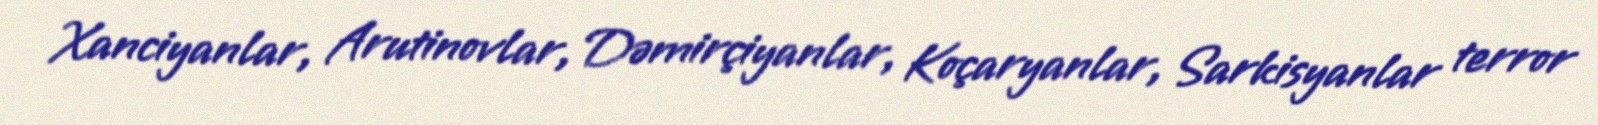
Xanciyanlar, Arutinovlar, Dəmirçiyanlar, Koçaryanlar, Sarkisyanlar terror